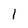
Character: 1